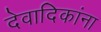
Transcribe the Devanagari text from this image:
देवादिकांना